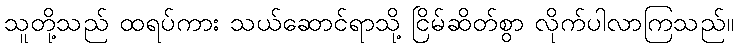
သူတို့သည် ထရပ်ကား သယ်ဆောင်ရာသို့ ငြိမ်ဆိတ်စွာ လိုက်ပါလာကြသည်။